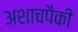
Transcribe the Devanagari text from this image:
अशाचपैकी